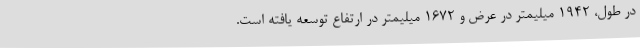
در طول، 1942 میلیمتر در عرض و 1672 میلیمتر در ارتفاع توسعه یافته است.